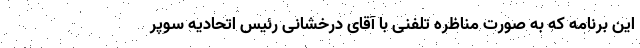
این برنامه که به صورت مناظره تلفنی با آقای درخشانی رئیس اتحادیه سوپر